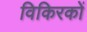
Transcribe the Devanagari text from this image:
विकिरकों